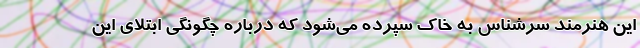
این هنرمند سرشناس به خاک سپرده می‌شود که درباره چگونگی ابتلای این